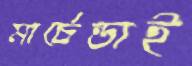
মার্চেন্ডাই